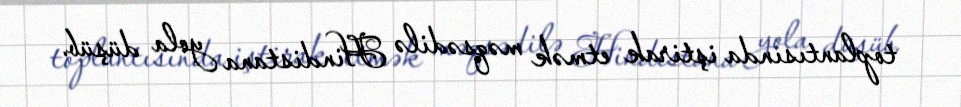
toplantısında iştirak etmək məqsədilə Hindistana yola düşüb.